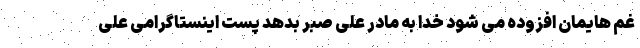
غم هایمان افزوده می شود خدا به مادر علی صبر بدهد پست اینستاگرامی علی